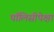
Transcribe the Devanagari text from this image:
पॉलिसीपेक्षा